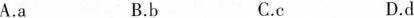
A.a B.b C.c D.d